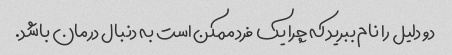
دو دلیل را نام ببرید که چرا یک فرد ممکن است به دنبال درمان باشد.